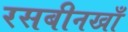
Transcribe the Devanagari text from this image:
रसबीनखाँ